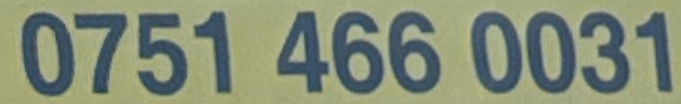
0751 466 0031